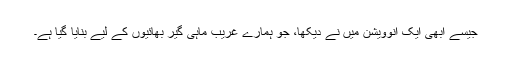
جیسے ابھی ایک انوویشن میں نے دیکھا، جو ہمارے غریب ماہی گیر بھائیوں کے لیے بنایا گیا ہے۔